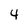
Character: 4